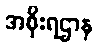
အစိုးရဌာန